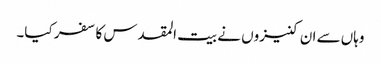
وہاں سے ان کنیزوں نے بیت المقدس کا سفر کیا۔